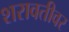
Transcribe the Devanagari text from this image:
शरावतीवर